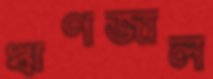
ঋণজাল